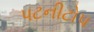
પટનીટોપ